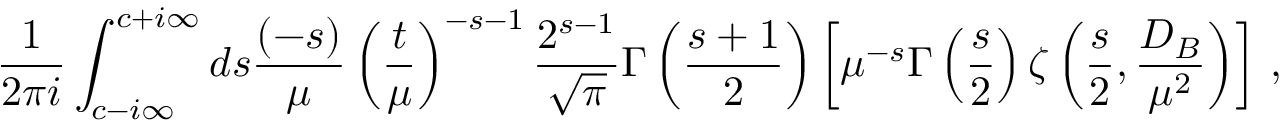
\frac 1 { 2 \pi i } \int _ { c - i \infty } ^ { c + i \infty } d s \frac { ( - s ) } { \mu } \left( \frac { t } { \mu } \right) ^ { - s - 1 } \frac { 2 ^ { s - 1 } } { \sqrt { \pi } } \Gamma \left( \frac { s + 1 } 2 \right) \left[ \mu ^ { - s } \Gamma \left( \frac s 2 \right) \zeta \left( \frac s 2 , \frac { D _ { B } } { \mu ^ { 2 } } \right) \right] \, ,